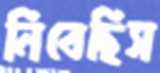
নিবেছিস